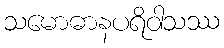
သမောဓာနပရိဝါသဿ